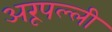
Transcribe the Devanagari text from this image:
अरूपल्ली